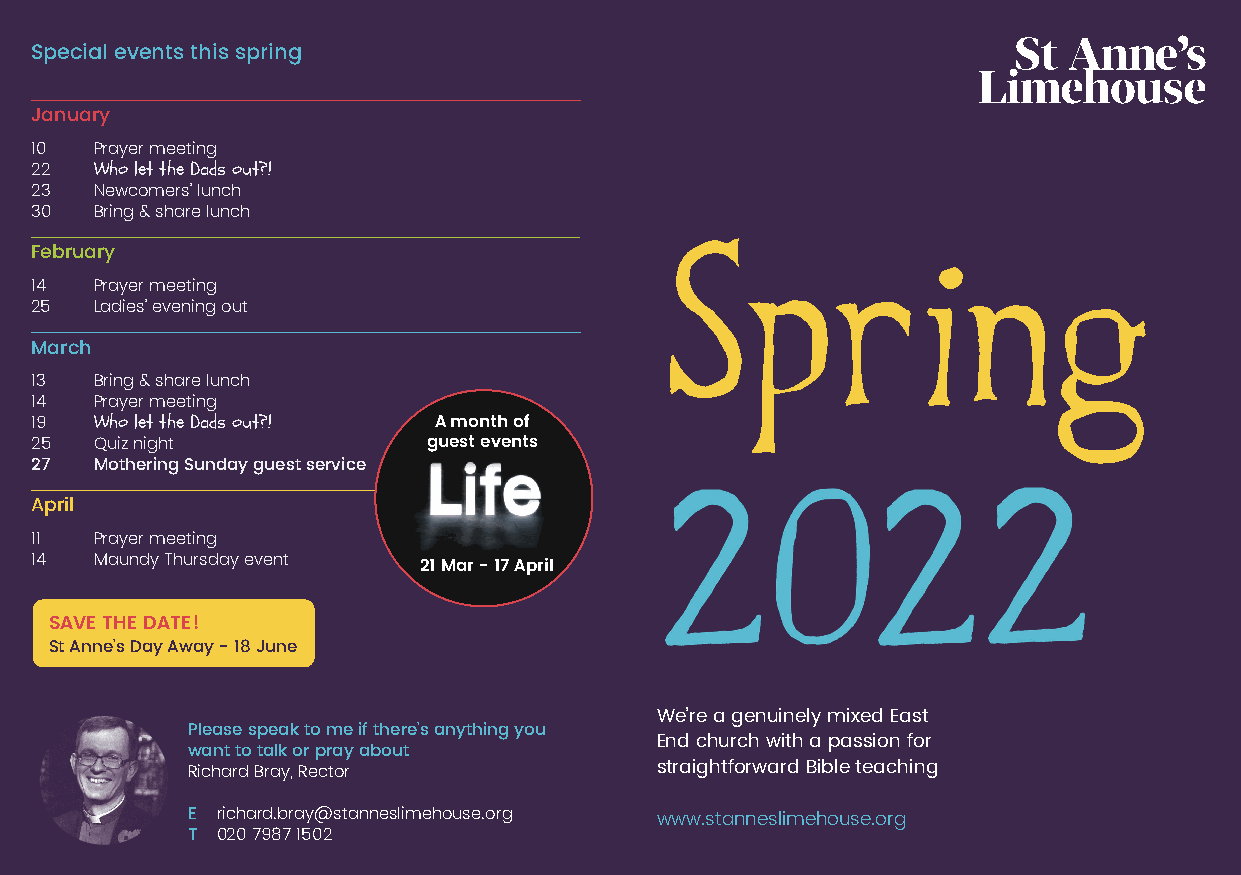
Special events this spring
 January
 10  Prayer meeting
 22  Who let the Dads out?!
 23  Newcomers’ lunch
 30  Bring & share lunch
 February
 14  Prayer meeting
 25  Ladies’ evening out
 March
 13  Bring & share lunch
 14  Prayer meeting
 19  Who let the Dads out?! A month of
 25  Quiz night            guest events
 27  Mothering Sunday guest service
 April
 11  Prayer meeting
 14  Maundy Thursday event
 21 Mar - 17 April
 SAVE THE DATE!
 St Anne’s Day Away - 18 June
 We’re a genuinely mixed East
 Please speak to me if there’s anything you
 End church with a passion for
 want to talk or pray about
 Richard Bray, Rector           straightforward Bible teaching
 E richard.bray@stanneslimehouse.org www.stanneslimehouse.org
 T 020 7987 1502